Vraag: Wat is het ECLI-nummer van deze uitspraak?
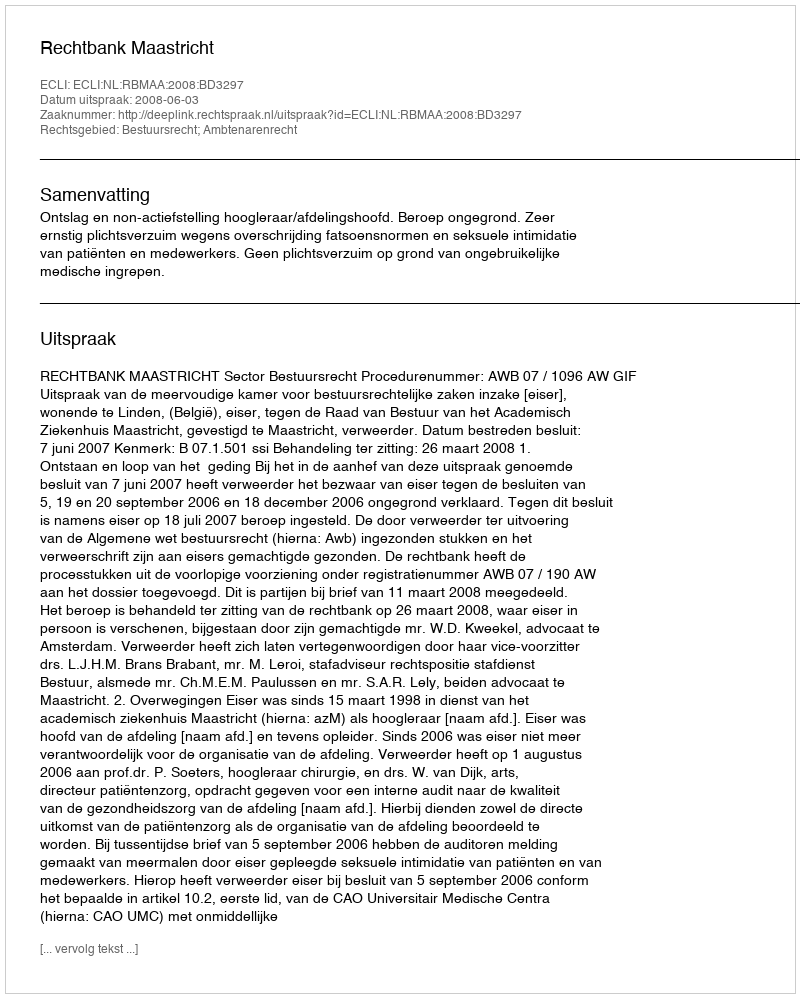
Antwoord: ECLI:NL:RBMAA:2008:BD3297